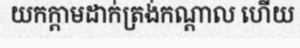
យកក្តាមដាក់ត្រង់កណ្តាល ហើយ